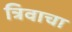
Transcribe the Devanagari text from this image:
त्रिवाचा